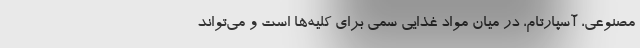
مصنوعی، آسپارتام، در میان مواد غذایی سمی برای کلیه‌ها است و می‌تواند